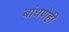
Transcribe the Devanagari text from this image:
बांधणेही